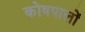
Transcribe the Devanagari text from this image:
कोषपालों